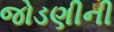
જોડણીની